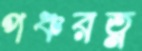
পঞ্চরত্ন